Plague in India, 1896, 1897 - Volume 2
Year: 1896
Disease focus: Plague
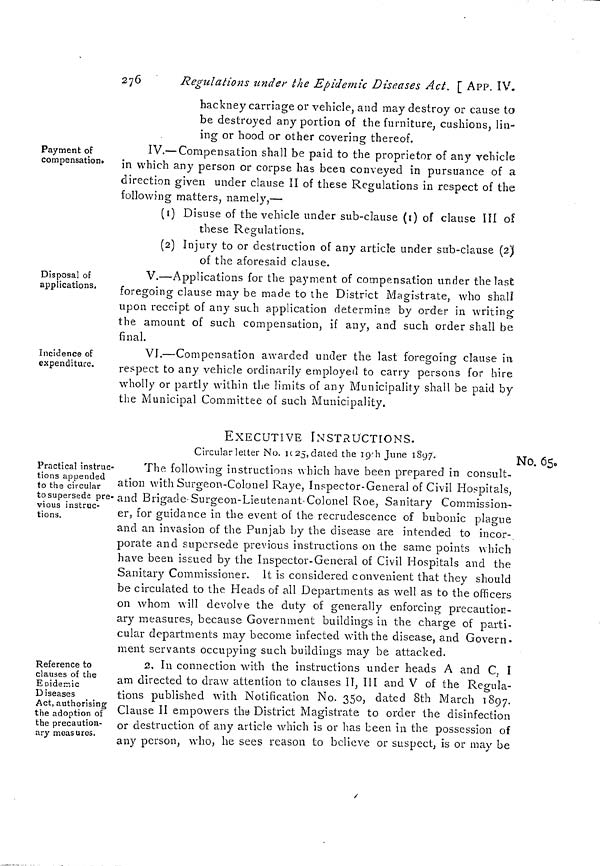
276
Regulations under the Epidemic Diseases Act. [ APP. IV.
hackney carriage or vehicle, and may destroy or cause to
be destroyed any portion of the furniture, cushions, lin-
ing or hood or other covering thereof.
Payment of
compensation»
IV.— Compensation shall be paid to the proprietor of any vehicle
in which any person or corpse has been conveyed in pursuance of a
direction given under clause II of these Regulations in respect of the
following matters, namely,—
(() Disuse of the vehicle under sub-clause (1) of clause III of
these Regulations.
(2) Injury to or destruction of any article under sub-clause (2)
of the aforesaid clause.
Disposal of
applications,
V.—Applications for the payment of compensation under the last
foregoing clause may be made to the District Magistrate, who shall
upon receipt of any such application determine by order in writing
the amount of such compensation, if any, and such order shall be
final.
Incidence of
expenditure.
VI.—Compensation awarded under the last foregoing clause in
respect to any vehicle ordinarily employed to carry persons for hire
wholly or partly within the limits of any Municipality shall be paid by
the Municipal Committee of such Municipality.
EXECUTIVE INSTRUCTIONS.
Circular letter No. 1025, dated the 19 h June 1897.
No. 65.
Practical instruc-
tions appended
to the circular
to supersede pre-
vious instruc-
tions.
The following instructions which have been prepared in consult-
ation with Surgeon-Colonel Raye, Inspector-General of Civil Hospitals,
and Brigade-Surgeon-Lieutenant-Colonel Roe, Sanitary Commission-
er, for guidance in the event of the recrudescence of bubonic plague
and an invasion of the Punjab by the disease are intended to incor-
porate and supersede previous instructions on the same points which
have been issued by the Inspector-General of Civil Hospitals and the
Sanitary Commissioner. It is considered convenient that they should
be circulated to the Heads of all Departments as well as to the officers
on whom will devolve the duty of generally enforcing precaution-
ary measures, because Government buildings in the charge of parti-
cular departments may become infected with the disease, and Govern-
ment servants occupying such buildings may be attacked.
Reference to
clauses of the
Epidemic
Diseases
Act, authorising
the adoption of
the precaution-
ary measures.
2, In connection Math the instructions under heads A and C, I
am directed to draw attention to clauses II. III and V of the Rep-ula-
tions published with Notification No. 350, dated 8th March 1897.
Clause II empowers the District Magistrate to order the disinfection
or destruction of any article which is or has been in the possession of
any person, who, he sees reason to believe or suspect, is or may be